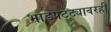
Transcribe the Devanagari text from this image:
भाडेपट्ट्यावरही